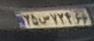
۲۵س۷۲۴۶۶